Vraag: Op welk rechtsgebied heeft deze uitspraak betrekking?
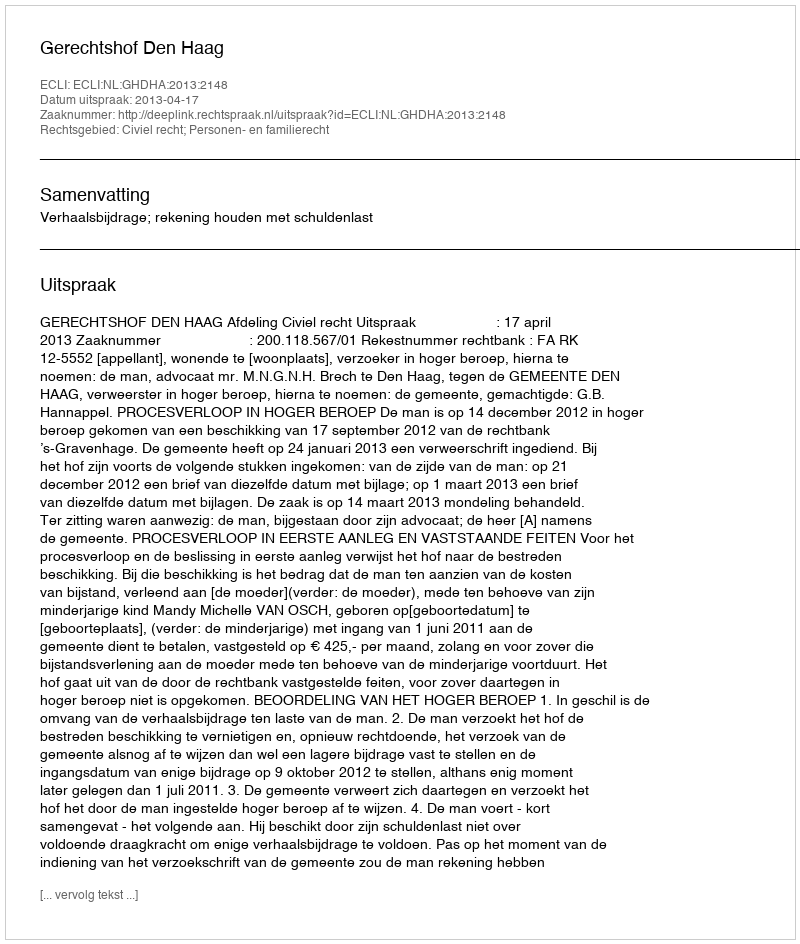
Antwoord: Civiel recht; Personen- en familierecht